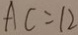
A C = 1 2